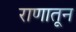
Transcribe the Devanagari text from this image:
राणातून